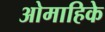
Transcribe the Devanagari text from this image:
ओमाहिके